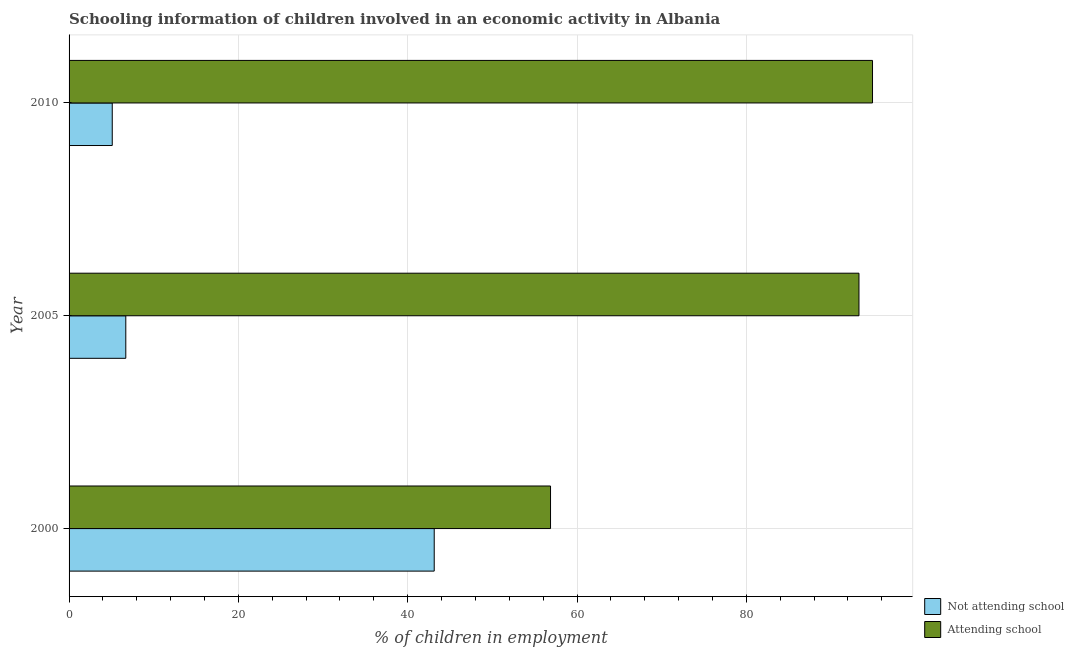
| Year | Not attending school | Attending school |
 | --- | --- | --- |
 | 2000 | 43.1 | 56.9 |
 | 2005 | 6.7 | 93.3 |
 | 2010 | 5.1 | 94.9 |